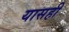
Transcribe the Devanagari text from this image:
यासही